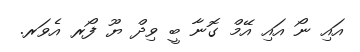
އައި ނޯ އައި އޭމް ގޮނާ ބީ ވިދް ޔޫ ފޯރ އެވަރ.